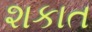
શકાત